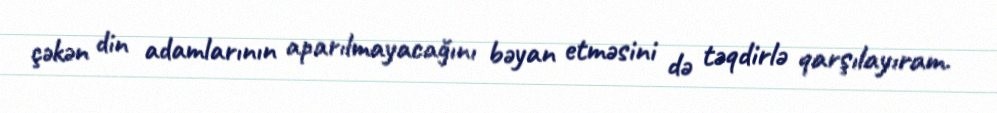
çəkən din adamlarının aparılmayacağını bəyan etməsini də təqdirlə qarşılayıram.